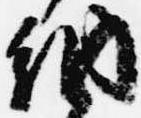
納